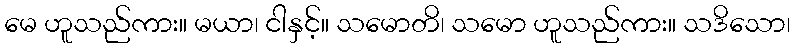
မေ ဟူသည်ကား။ မယာ၊ ငါနှင့်။ သမောတိ၊ သမော ဟူသည်ကား။ သဒိသော၊